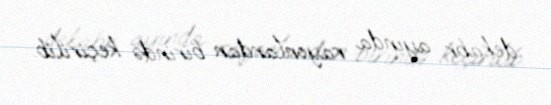
dekabr ayında rayonlardan birində keçirilib.